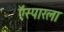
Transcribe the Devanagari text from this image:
ऍस्पारला